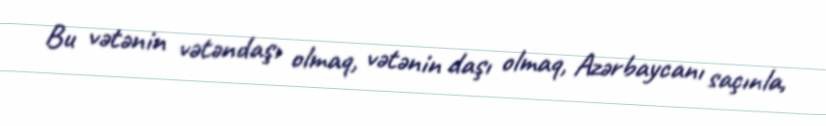
Bu vətənin vətəndaşı olmaq, vətənin daşı olmaq, Azərbaycanı saçınla,